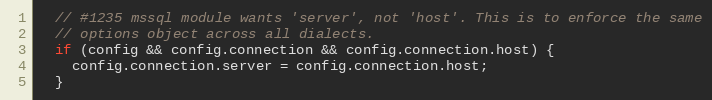
Language: JavaScript
  // #1235 mssql module wants 'server', not 'host'. This is to enforce the same
  // options object across all dialects.
  if (config && config.connection && config.connection.host) {
    config.connection.server = config.connection.host;
  }